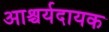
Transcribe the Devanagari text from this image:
आश्चर्यदायक